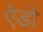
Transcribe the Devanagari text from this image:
ऐडो